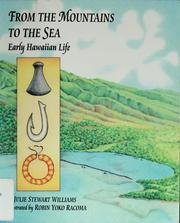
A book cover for From the Mountains to the Sea: Early Hawaiian Life; Julie Stewart Williams; Children's Books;